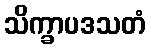
သိက္ခာပဒသတံ